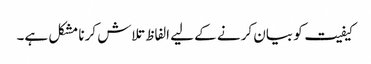
کیفیت کو بیان کرنے کے لیے الفاظ تلاش کرنا مشکل ہے۔